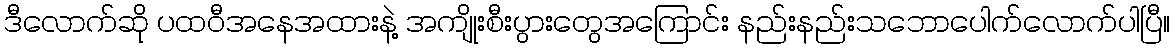
ဒီလောက်ဆို ပထဝီအနေအထားနဲ့ အကျိုးစီးပွားတွေအကြောင်း နည်းနည်းသဘောပေါက်လောက်ပါပြီ။